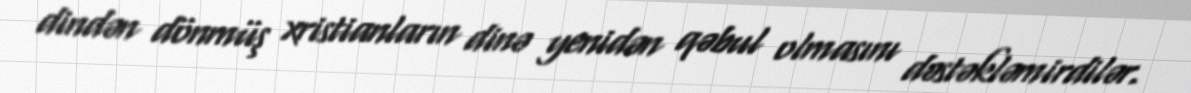
dindən dönmüş xristianların dinə yenidən qəbul olmasını dəstəkləmirdilər.